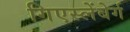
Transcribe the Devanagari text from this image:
गिएस्लेंबेर्ग